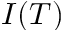
I ( T )